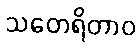
သတေရိတာဝ